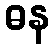
ဓန